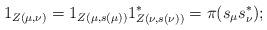
LaTeX: \begin{align*}1_{Z(\mu, \nu)} = 1_{Z(\mu, s(\mu))}1_{Z(\nu, s(\nu))}^* = \pi(s_{\mu}s_{\nu}^*);\end{align*}